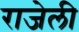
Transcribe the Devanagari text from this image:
राजेली